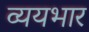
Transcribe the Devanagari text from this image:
व्ययभार